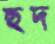
ছদ